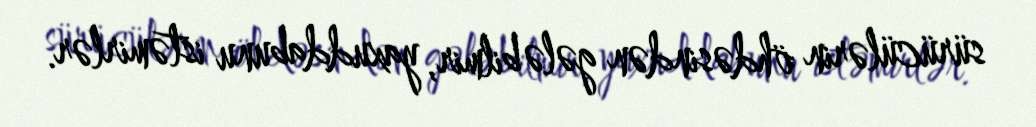
sürücülərin öhdəsindən gələ bilmir, yaxuddabunu istəmirlər.